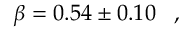
\beta = 0 . 5 4 \pm 0 . 1 0 \, \, \, \, \, , \, \, \, \, \,